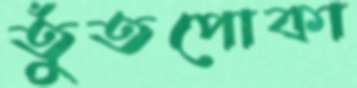
তুঁতপোকা